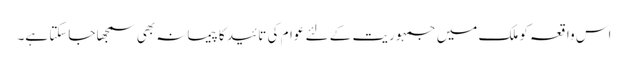
اس واقعہ کو ملک میں جمہوریت کے لئے عوام کی تائید کا پیمانہ بھی سمجھا جاسکتا ہے۔